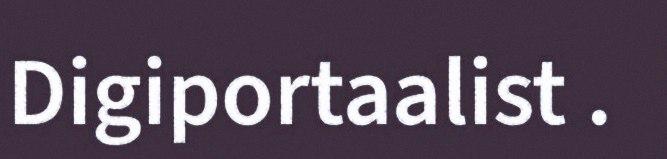
Digiportaalist .